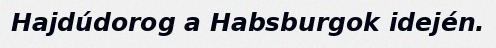
Hajdúdorog a Habsburgok idején.